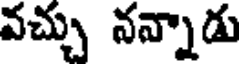
వచ్చు నన్నాడు